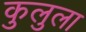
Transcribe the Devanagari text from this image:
कुलुला